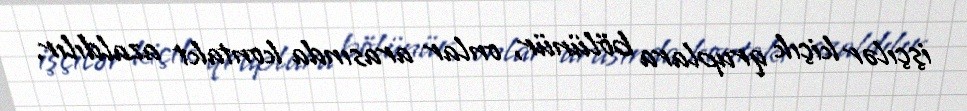
işçılər kiçık qruplara bölünür, onlar arasında kontakt azaldılır.